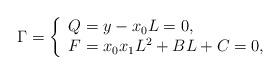
LaTeX: \begin{align*}\Gamma = \left\lbrace\begin{array}{l}Q = y-x_0L = 0,\\ F = x_0x_1L^2+BL+C=0,\end{array}\right. \end{align*}